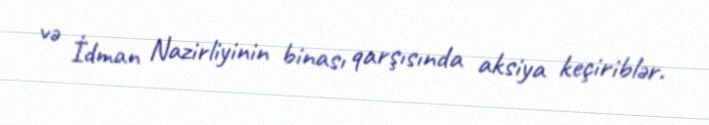
və İdman Nazirliyinin binası qarşısında aksiya keçiriblər.